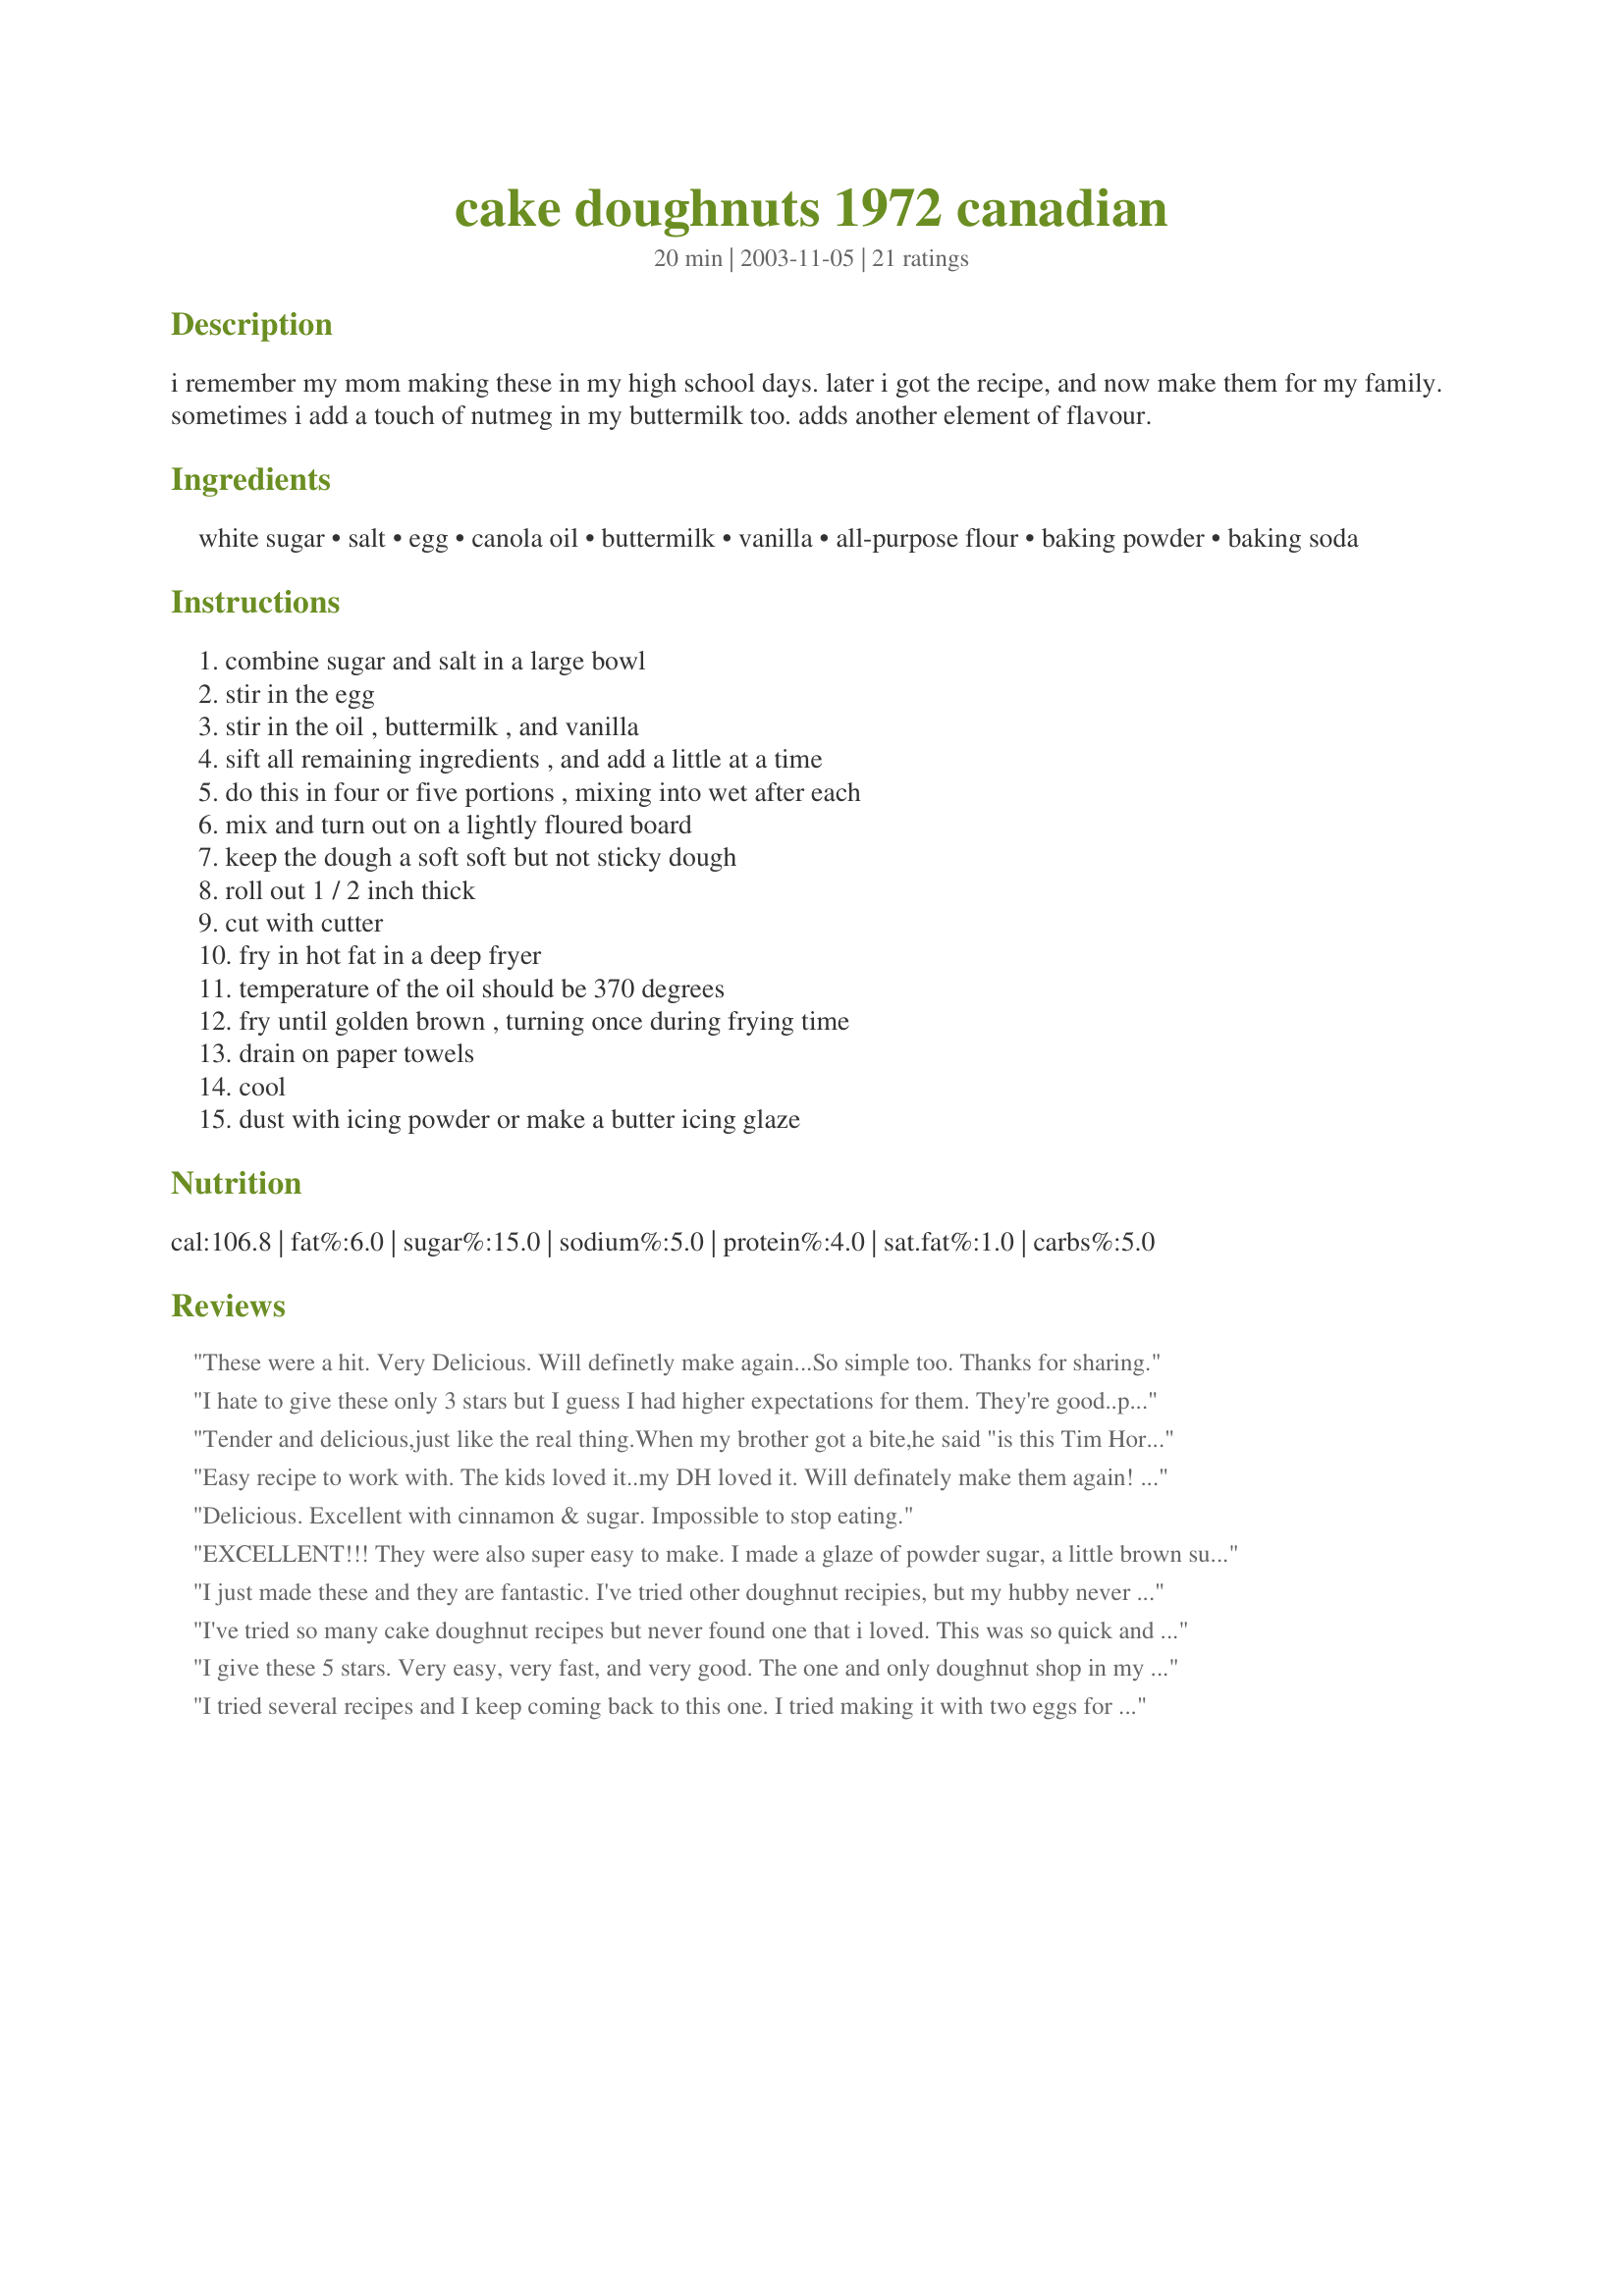
cake doughnuts 1972 canadian
Preparation time: 20 minutes

i remember my mom making these in my high school days. later i got the recipe, and now make them for my family. sometimes i add a touch of nutmeg in my buttermilk too. adds another element of flavour.

Ingredients:
white sugar, salt, egg, canola oil, buttermilk, vanilla, all-purpose flour, baking powder, baking soda

Steps:
combine sugar and salt in a large bowl, stir in the egg, stir in the oil , buttermilk , and vanilla, sift all remaining ingredients , and add a little at a time, do this in four or five portions , mixing into wet after each, mix and turn out on a lightly floured board, keep the dough a soft soft but not sticky dough, roll out 1 / 2 inch thick, cut with cutter, fry in hot fat in a deep fryer, temperature of the oil should be 370 degrees, fry until golden brown , turning once during frying time, drain on paper towels, cool, dust with icing powder or make a butter icing glaze

Reviews:
These were a hit. Very Delicious. Will definetly make again...So simple too. Thanks for sharing.
I hate to give these only 3 stars but I guess I had higher expectations for them. They're good..pretty easy. Guess we're not that much of cake doughnut fans. They are easy but they still took me awhile to fry all them and I only got about 18 doughnuts out of a batch, not 30. And they were 18 pretty small ones at that. For the work of doing it, I think I'll just stick with bought, but it was fun to make at first. Thanks.
Tender and delicious,just like the real thing.When my brother got a bite,he said "is this Tim Hortons? " so I guess this sums it all.I used orange blossom water instead of vanilla.I made some with powdered sugar and some with cinnamon-sugar.Both were filled with blackberry jam and both variations were really good.Thank you for posting this delicious recipe!
Easy recipe to work with. The kids loved it..my DH loved it. Will definately make them again! Being pressed for time I dumped everything into the bowl and they turned out just fine!
Delicious. Excellent with cinnamon & sugar. Impossible to stop eating.
EXCELLENT!!! They were also super easy to make. I made a glaze of powder sugar, a little brown sugar, milk, and a TLBS butter and put a little nutmeg and cinnamon in them and they were gone in a flash. I cut the recipe in half because it was my first time making them. I made them into donut holes because I don't have a donut cutter, and that size is perfect for the little ones. Took no time at all to whip up and make
I just made these and they are fantastic. I've tried other doughnut recipies, but my hubby never liked them...until these. They were quick and easy to make, and the directions are great. I followed the recipy as stated except I didn't make a roll and slice, I made little balls. I dusted with powdered sugar after frying. Really good. Thanks for posting
I've tried so many cake doughnut recipes but never found one that i loved. This was so quick and easy. My 2 and 4 yr old absolutely loved them! Thank you.
I give these 5 stars. Very easy, very fast, and very good. The one and only doughnut shop in my little town just lost a customer. These are so easy and fast that I could make them in the morning before work! A keeper. And I think it would be easy to add spices or other goodies. Will try it next time. Tomorrow??
I tried several recipes and I keep coming back to this one. I tried making it with two eggs for kicks. I'll let you know how it turns out.
These were yummy! Better than any yeast recipe I've tried so far. The recipe is easy as well (my 10 year old son mixed up the dough.
I filled them with jelly. Good!
Quick recipe that turns out great every time! We just roll ours in powdered sugar or cinnamon sugar.
These were a hit. Very Delicious. Will definetly make again...So simple too. Thanks for sharing.
Very easy to make, just dumped everything in a bowl. I did add a little nutmeg and cinnamon though. When done mixing it wasn't tacky or sticky so it made it very nice to handle. Texture was very nice to. I personally was looking more for the texture like you get from the old fashioned doughnut making machins but for home these were quick and easy! DH and DC loved them! Also I didn't use a cutter as I couldn't find it so I rolled small balls, and made little logs (perfect for dipping on coffee, hot coco or tea). Perfect! :-)
These were really tasty. I didn't have the patience (or the biscuit/doughnut cutter) to make them into classic "doughnut" shapes. I spooned about a golfball sized drop into the fryer. They weren't pretty, but they sure tasted good! Even plain! I tried powedered sugar and a cinnamon/sugar coating. The cinnamon sugar ones won, hands down. Thanks for posting.
Very easy. I didn't have buttermilk, so I subbed sour milk (milk/vinegar). I glazed some with plain vanilla glaze, some with maple. MMMM! Still good the next morning.
Melts in your mouth...delicious!
Easy recipes to follow. Will pass this on to my daughters as they get older. Thanks for sharing.
i loved this recipe it was easy to do the only thing I did different was I added a little cinnamon to the batter and they turned out great thank you for a great item
Hi AndyPandy.. well, another one of your winners Andy...made your cake doughnuts yesterday...wow, these were absolutely wonderful, and quite simple to make... I think they are even better than the dry store-bought kind...one problem though, I wish that I had made more, I was lucky to have gotten just one for me, my son came over with some friends, and they all went in a flash, this is an outstanding doughnut recipe, they just melt in your mouth, I am making going to make a double batch tomorrow, and I will freeze some (that is if there is any left to freeze ha..ha, I wonder if they freeze well?) We all enjoyed these big time...thank you again Andy for such a wonderful doughnut recipe...keep up the great work...love your recipes! :-)
They are just the way I remember my mother's tasting. I added the nutmeg as suggested. They are crunchy on the outside and soft on the inside. The perfect cake doughnut. My kids and hubby were eating them hot from the fryer.
Thanks BRenda
Made these today best ever just like tim hortens cake donuts.
